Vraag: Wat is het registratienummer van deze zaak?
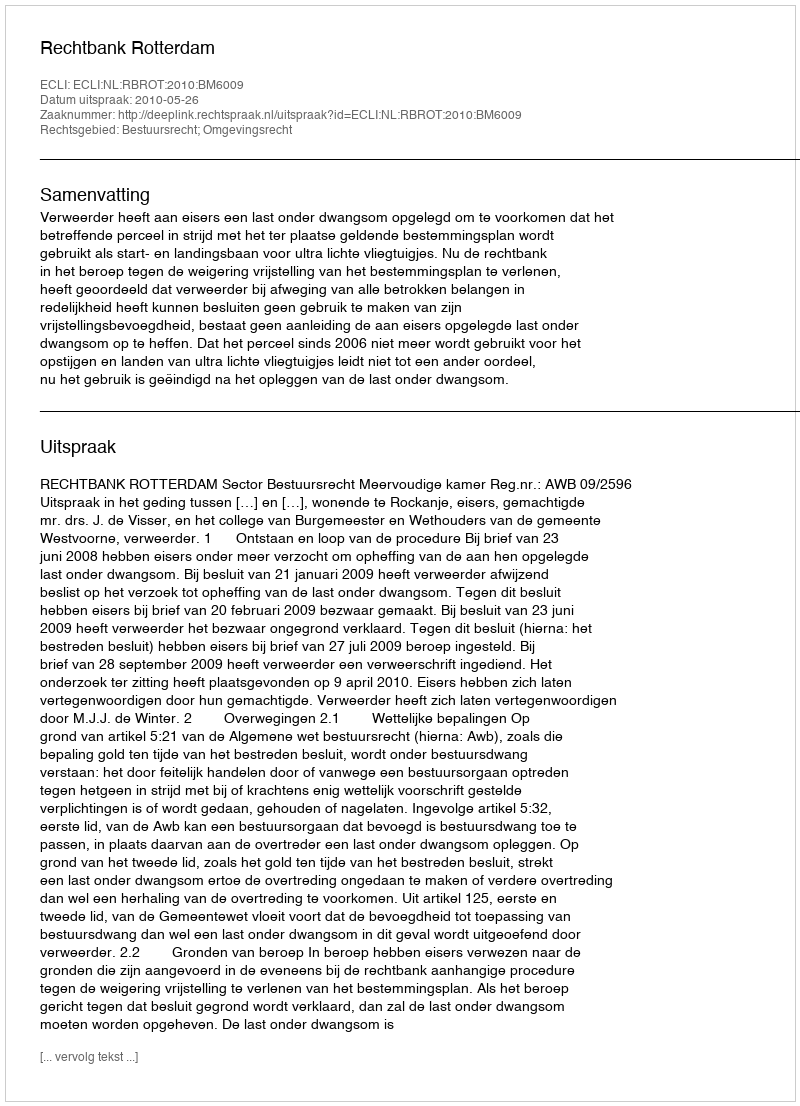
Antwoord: http://deeplink.rechtspraak.nl/uitspraak?id=ECLI:NL:RBROT:2010:BM6009